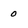
Character: 0